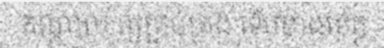
កណ្តាល ឲ្យគ្រប់គ្រង ទើបខាងខេត្ត